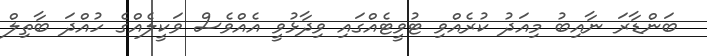
ބަންޑާރަ ނާއިބު މިއަދު ކުރެއްވި ޓުވީޓެއްގައި ވިދާޅުވީ އެއްވެސް ވަކީލެއްގެ ހުއްދަ ބާތިލް